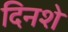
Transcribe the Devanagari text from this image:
दिनशे